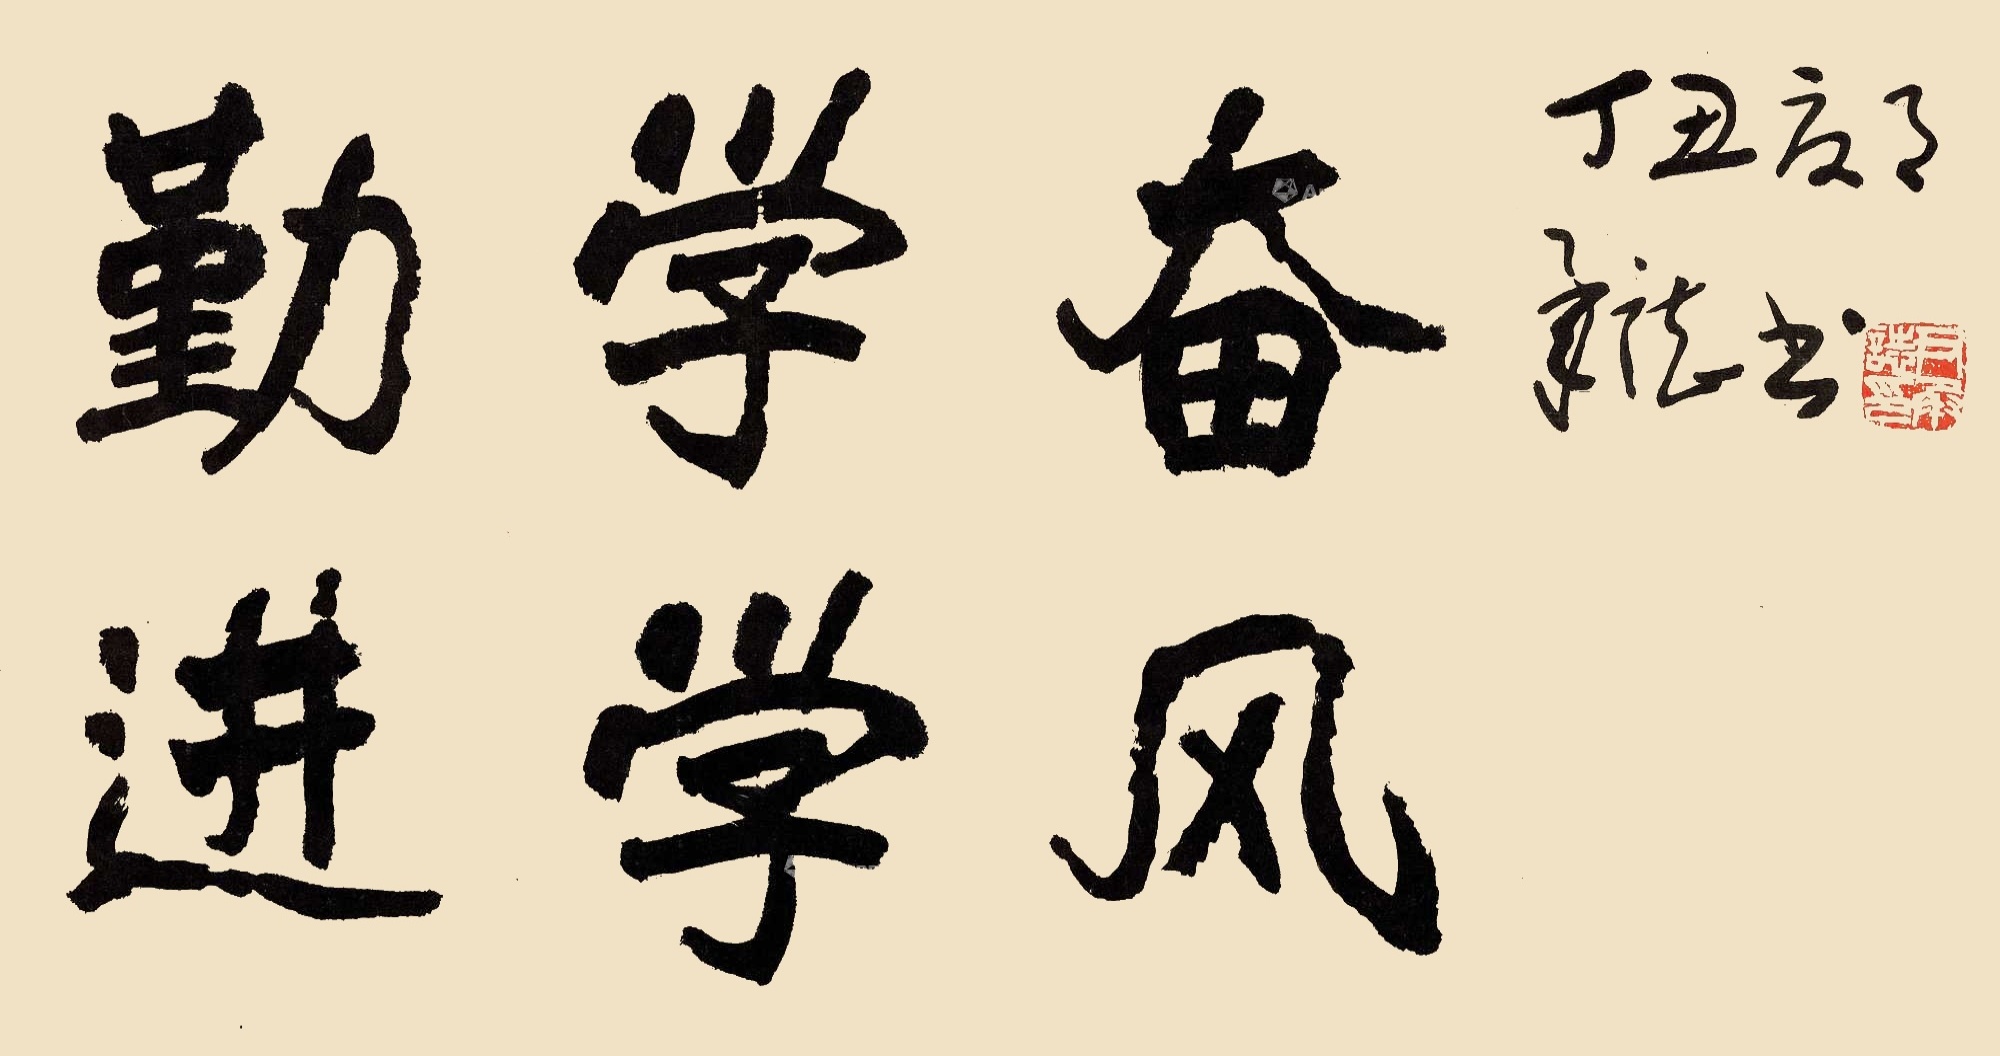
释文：勤学奋进学风丁丑夏月承志书